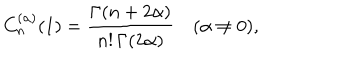
C _ { n } ^ { ( \alpha ) } ( 1 ) = { \frac { \Gamma ( n + 2 \alpha ) } { n ! \, \Gamma ( 2 \alpha ) } } \quad ( \alpha \neq 0 ) ,